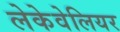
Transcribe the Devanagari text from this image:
लेकेवेलियर